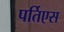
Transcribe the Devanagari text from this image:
पर्तिएस